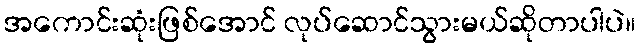
အကောင်းဆုံးဖြစ်အောင် လုပ်ဆောင်သွားမယ်ဆိုတာပါပဲ။